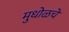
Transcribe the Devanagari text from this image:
मुधोळचे